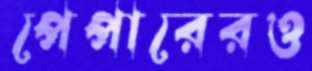
পেপারেরও